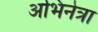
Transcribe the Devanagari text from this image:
अभिनेत्रा